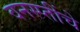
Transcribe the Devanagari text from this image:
वनस्प्तींचे